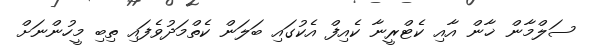
ސަލްމާން ޚާން އާއި ކެޓްރީނާ ކެއިފް އެކުގައި ބަލަން ކެތްމަދުވެފައި ތިބި މީހުންނަށް